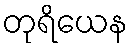
တုရိယေန